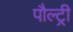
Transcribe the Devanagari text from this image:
पौल्ट्री